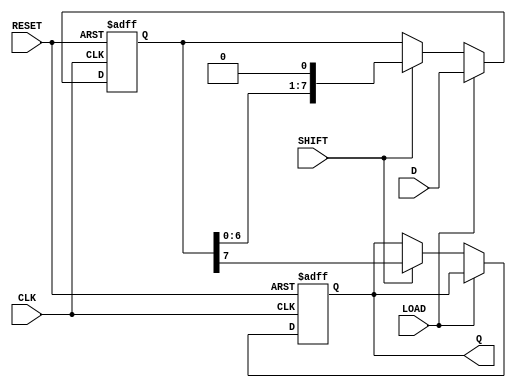
module PISO_Register #(
    parameter WIDTH = 8  // Parameter to define the width of the data bus
)(
    input wire [WIDTH-1:0] D,      // Parallel data input
    input wire LOAD,                // Load control signal
    input wire SHIFT,               // Shift control signal
    input wire CLK,                 // Clock signal
    input wire RESET,               // Asynchronous reset signal
    output reg Q                   // Serial output
);

    // Internal register array to hold the data
    reg [WIDTH-1:0] shift_reg;

    always @(posedge CLK or posedge RESET) begin
        if (RESET) begin
            // Asynchronous reset: clear the shift register
            shift_reg <= {WIDTH{1'b0}};
            Q <= 1'b0; // Clear the serial output
        end else begin
            if (LOAD) begin
                // Load data into the shift register
                shift_reg <= D;
            end else if (SHIFT) begin
                // Shift data out serially
                Q <= shift_reg[WIDTH-1]; // Output the MSB
                shift_reg <= {shift_reg[WIDTH-2:0], 1'b0}; // Shift left
            end
        end
    end

endmodule